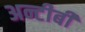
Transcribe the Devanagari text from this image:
अन्टीबी